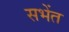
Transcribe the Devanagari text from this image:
सभेंत